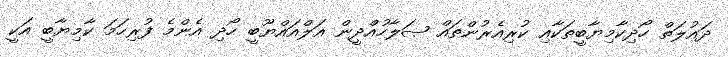
ދައުލަތް ހޯދިކާމިޔާބީތަކާއި ކުރިއެރުންތައް ޞަލާހުއްދީން އަލްއައްޔޫބީ ހޯދި އެންމެ ފުރިހަމަ ކާމިޔާބީ އަކީ